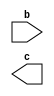
module encoder (b,c);
	output [0:0] c;

	input [0:0] b;

	reg [0:0] c;

	always @(b)
	begin
	end
endmodule